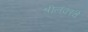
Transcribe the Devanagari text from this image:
श्रीलंकाचे